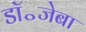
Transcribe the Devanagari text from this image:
डॉ॰जेबा